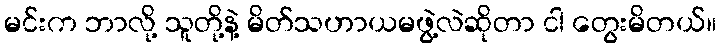
မင်းက ဘာလို့ သူတို့နဲ့ မိတ်သဟာယမဖွဲ့လဲဆိုတာ ငါ တွေးမိတယ်။